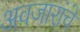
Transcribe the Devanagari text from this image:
अवजारांचे